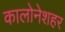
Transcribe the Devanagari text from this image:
कालोनेशहर